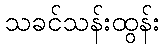
သခင်သန်းထွန်း